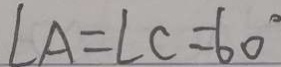
\angle A = \angle C = 6 0 ^ { \circ }